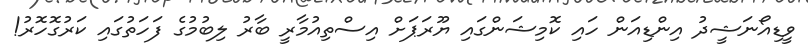
ވީޑިއޯނަޝީދު އިންޑިއަން ހައި ކޮމިޝަންގައި ޔޫރަޕަށް އިސްތިއުމާރީ ބާރު ލިބުމުގެ ފަހަތުގައި ކަރުގޮހޮރު!